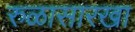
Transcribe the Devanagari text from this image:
रुळासारखा